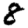
Digit: 8